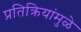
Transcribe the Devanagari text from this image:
प्रतिक्रियांमुळे